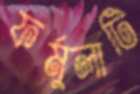
ফর্মুলাটি